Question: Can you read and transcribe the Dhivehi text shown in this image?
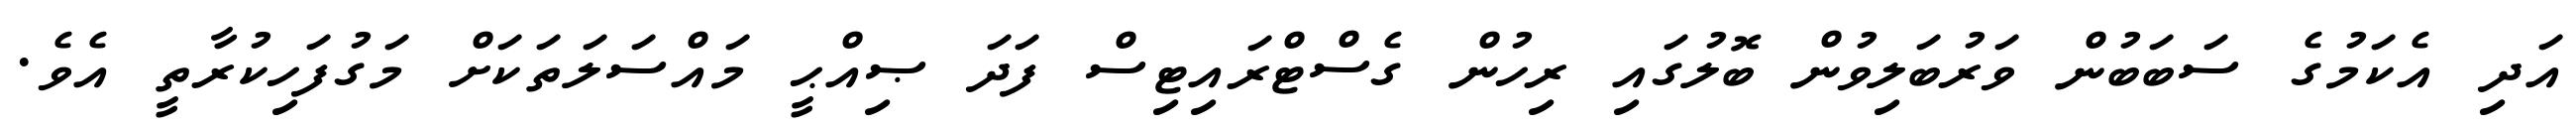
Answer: އަދި އެކަމުގެ ސަބަބުން ވަރުބަލިވުން ބޮލުގައި ރިހުން ގެސްޓްރައިޓިސް ފަދަ ޞިއްޙީ މައްސަލަތަކަށް މަގުފަހިކުރާތީ އެވެ.